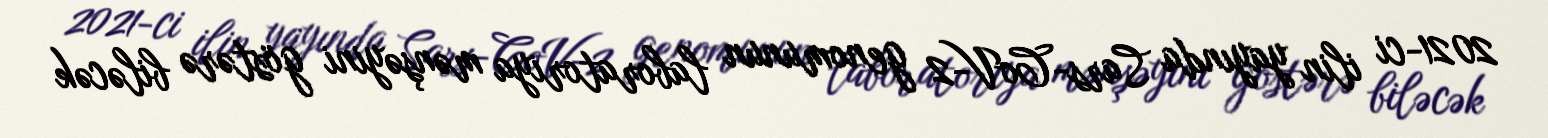
2021-ci ilin yayında Sars-CoV-2 genomunun laboratoriya mənşəyini göstərə biləcək